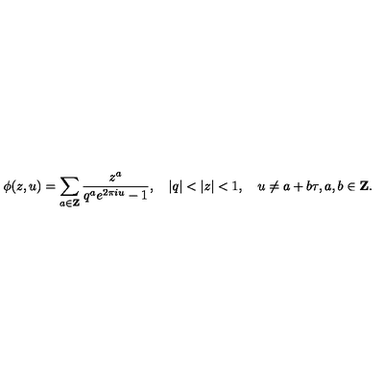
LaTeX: \phi ( z , u ) = \sum _ { a \in { \bf Z } } \frac { z ^ { a } } { q ^ { a } e ^ { 2 \pi i u } - 1 } , \quad | q | < | z | < 1 , \quad u \neq a + b \tau , a , b \in { \bf Z } .